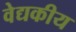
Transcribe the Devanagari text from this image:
वेद्यकीय